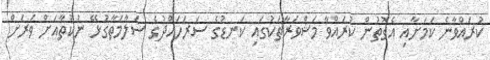
ކުރައްވާނެ ކަމަށާއި އެގޮތުން ކުރައްވާ މަޝްވަރާތަކުގައި ކަނޑުގެ ސަރަހައްދުގެ ސަލާމަތާގުޅޭ ނުކުތާއަށް ވަރަށް